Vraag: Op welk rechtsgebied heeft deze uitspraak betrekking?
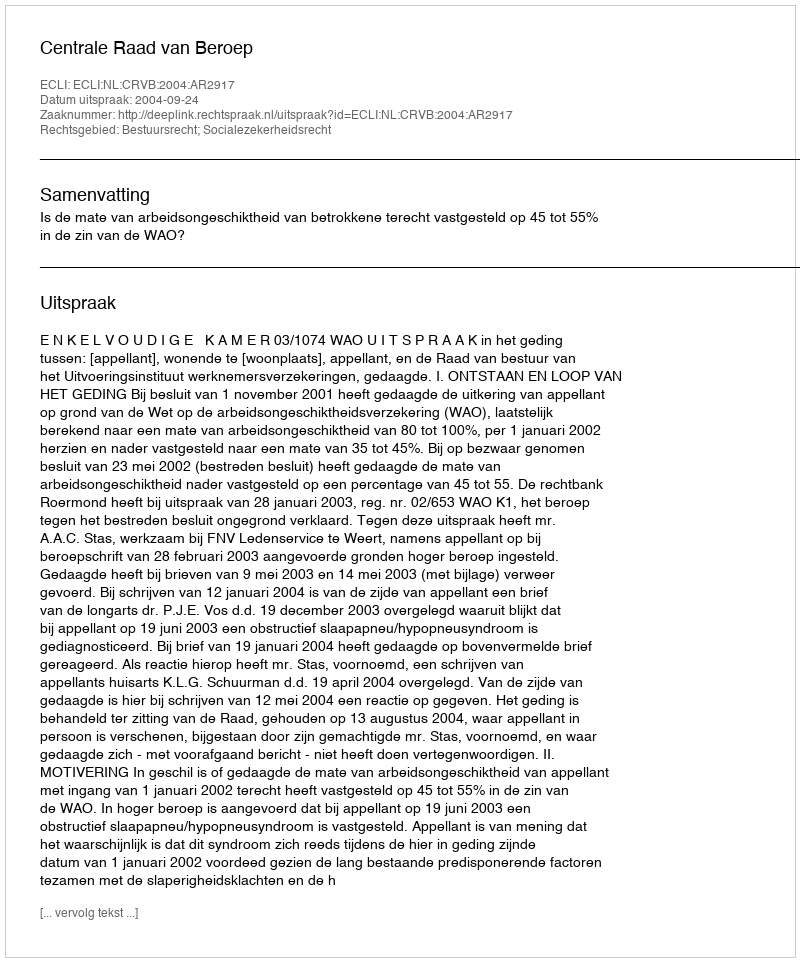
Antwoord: Bestuursrecht; Socialezekerheidsrecht